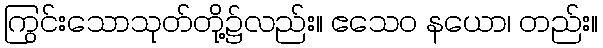
ကြွင်းသောသုတ်တို့၌လည်း။ ဧသေဝ နယော၊ တည်း။